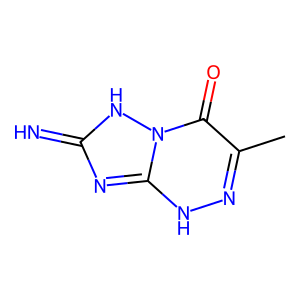
SMILES: Cc1n[nH]c2nc(=N)[nH]n2c1=O
Inhibits HIV replication: No